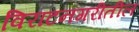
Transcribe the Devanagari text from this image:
विराटनगरीतील